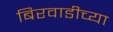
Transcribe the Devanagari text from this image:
बिरवाडीच्या